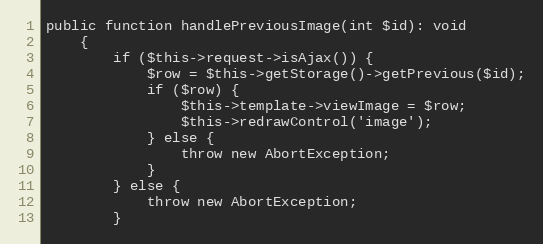
Language: PHP
public function handlePreviousImage(int $id): void
	{
		if ($this->request->isAjax()) {
			$row = $this->getStorage()->getPrevious($id);
			if ($row) {
				$this->template->viewImage = $row;
				$this->redrawControl('image');
			} else {
				throw new AbortException;
			}
		} else {
			throw new AbortException;
		}